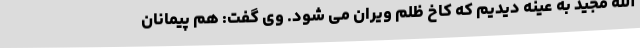
الله مجید به عینه دیدیم که کاخ ظلم ویران می شود. وی گفت: هم پیمانان